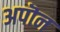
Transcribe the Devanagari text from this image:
अपॊन